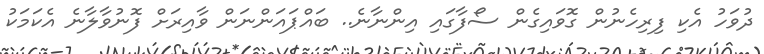
ދުވަހު އެކި ފިރިހެނުން ގޮވައިގެން ސޯފާގައި އިންނާނެ.. ބައްޕައަންނަން ވާއިރަށް ފޮނުވާލާނެ އެކަމަކު